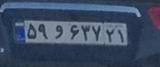
۵۹و۶۳۷۲۱